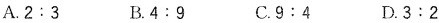
A. 2 : 3 B. 4 : 9 C. 9 : 4 D. 3 : 2